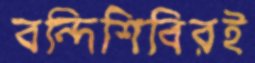
বন্দিশিবিরই